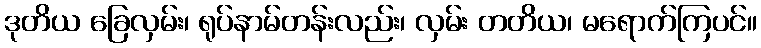
ဒုတိယ ခြေလှမ်း၊ ရုပ်နာမ်တန်းလည်း၊ လှမ်း တတိယ၊ မရောက်ကြပင်။